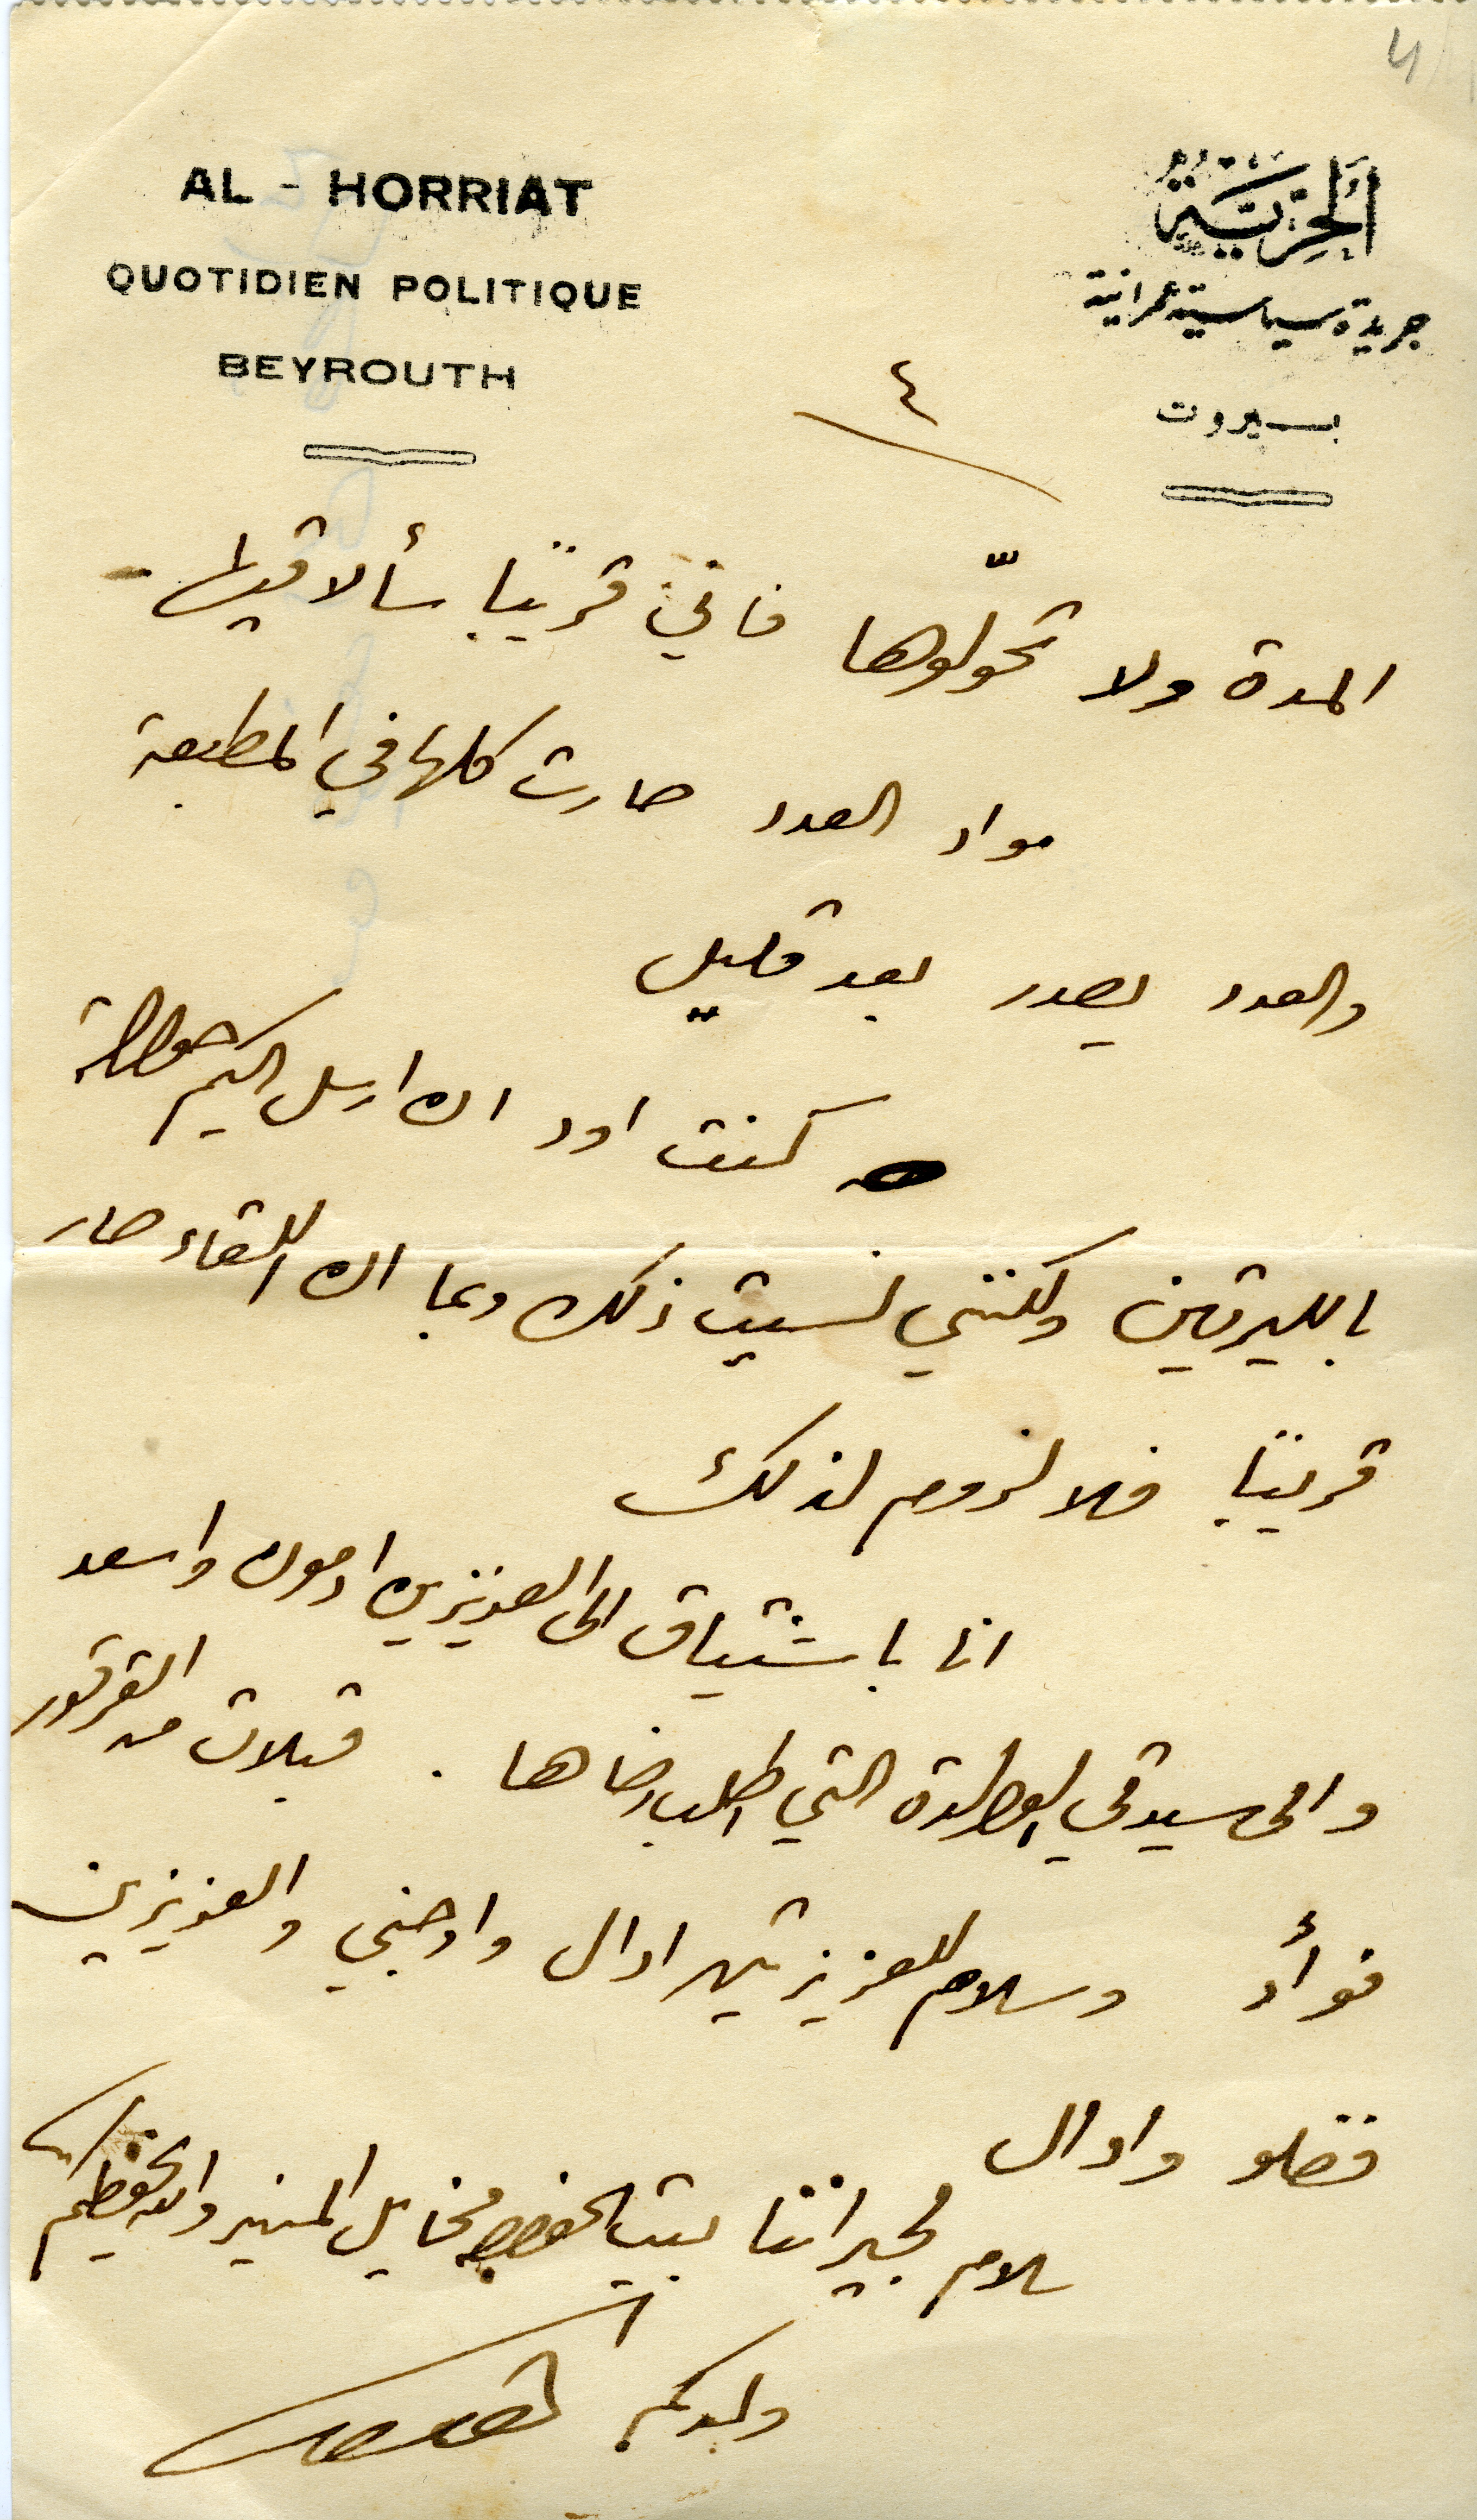
٤
اَلحُرِيّةُ
جريدة سياسية عمرانية
بيروت
٤
AL – HORRIAT
QUOTIDIEN POLITIQUE
BEYROUTH
المدة ولا تحولّوهها فاني قريبًا سألاقيها
مواد العدد صارت كلها في المطبعة
والعدد يصدر بعد قليل
كنت اود ان ارسل اليكم حوالة
بالليرتين ولكنني نسيت ذلك وبما ان اللقاء صار
قريباً فلا لزوم لذلك
انا باشتياق الى العزيزين ادمون واسعد
والى سيدتي الوالدة التي اطلب رضاها. قبلات من القرقور
فؤاد وسلام للعزيزتين ادال واوجني والعزيزين
فضلو وادال
سلام لجيراننا بيت بيت الخواجه مخايل المنير والله يحفظكم
ولدكم